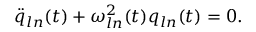
\ddot { q } _ { l n } ( t ) + \omega _ { l n } ^ { 2 } ( t ) q _ { l n } ( t ) = 0 .